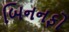
બિનનફો